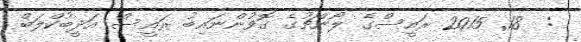
:  18